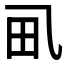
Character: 𱰤